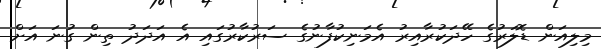
މިލިއަން ޑޮލަރުގެ ހޭދަކުރާއިރު އެމަނިކުފާނުގެ ސަރުކާރުގައި އެ އަދަދު ތިން ގުނަ އަށް